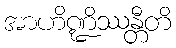
အာဟိဏ္ဍိဿန္တီတိ